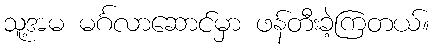
သူ့အမ မင်္ဂလာဆောင်မှာ ဖန်တီးခဲ့ကြတယ်။